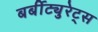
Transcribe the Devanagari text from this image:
बर्बीट्युरेट्स